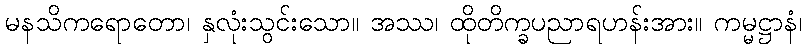
မနသိကရောတော၊ နှလုံးသွင်းသော။ အဿ၊ ထိုတိက္ခပညာရဟန်းအား။ ကမ္မဋ္ဌာနံ၊